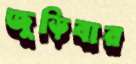
জুড়িবার